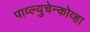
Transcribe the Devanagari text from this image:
पाव्ल्युचेन्कोव्हा